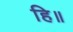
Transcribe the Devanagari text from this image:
हि॥